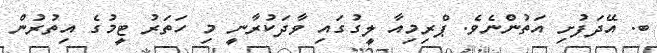
ބ. އޭދަފުށި އަތުންނެވެ. ޕްރިމިއާ ލީގުގައި ވާދަކުރާނީ މި ހަތަރު ޓީމުގެ އިތުރުން